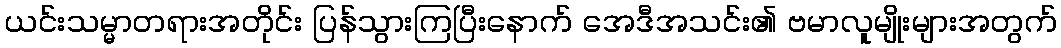
ယင်းသမ္မာတရားအတိုင်း ပြန်သွားကြပြီးနောက် အေဒီအသင်း၏ ဗမာလူမျိုးများအတွက်